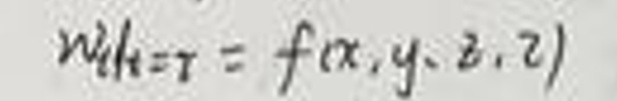
$w|_{t = \tau}=f(x,y,z,\tau)$